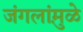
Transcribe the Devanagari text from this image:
जंगलांमु़ळे